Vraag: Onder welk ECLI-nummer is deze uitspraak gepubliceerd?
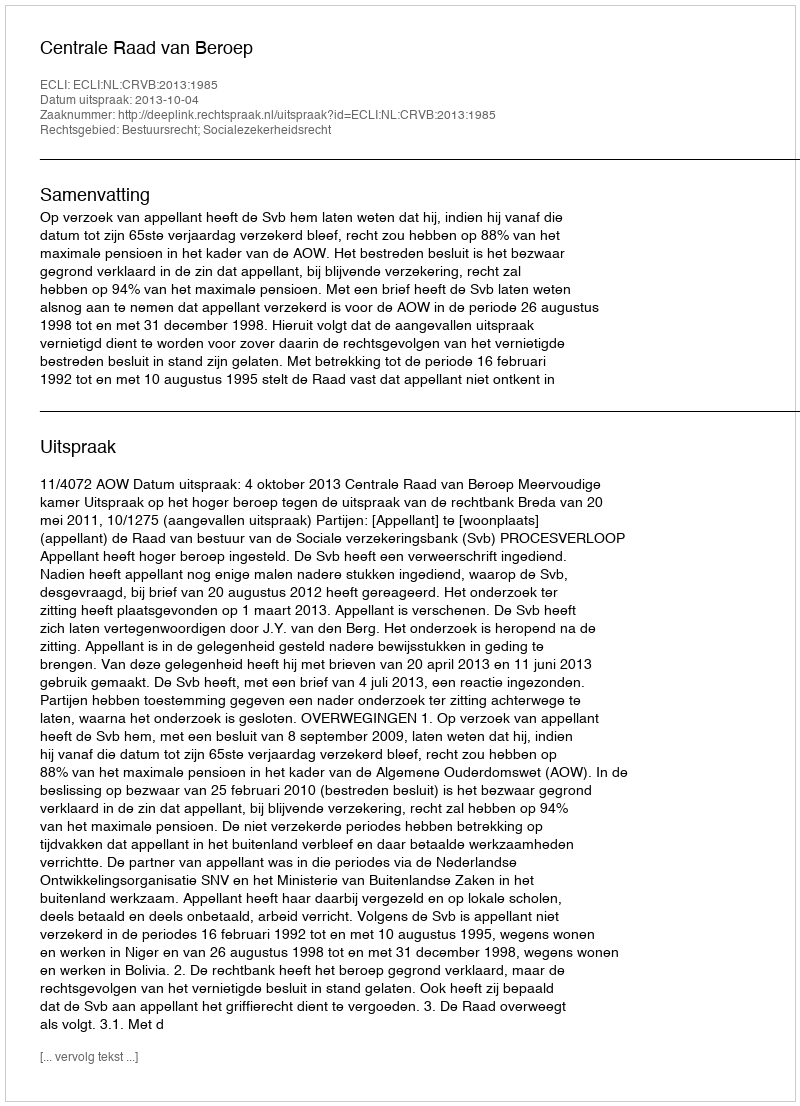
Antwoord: ECLI:NL:CRVB:2013:1985